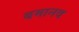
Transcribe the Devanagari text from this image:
बमानव